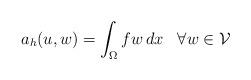
LaTeX: \begin{align*}a_h(u,w) = \int_\Omega f w \, dx \;\;\; \forall w \in \mathcal{V}\end{align*}